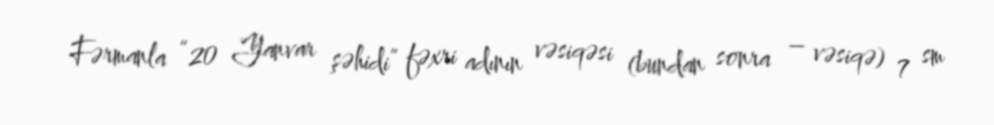
Fərmanla “20 Yanvar şəhidi” fəxri adının vəsiqəsi (bundan sonra – vəsiqə) 7 sm